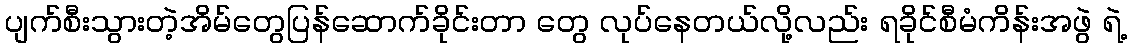
ပျက်စီးသွားတဲ့အိမ်တွေပြန်ဆောက်ခိုင်းတာ တွေ လုပ်နေတယ်လို့လည်း ရခိုင်စီမံကိန်းအဖွဲ ရဲ့